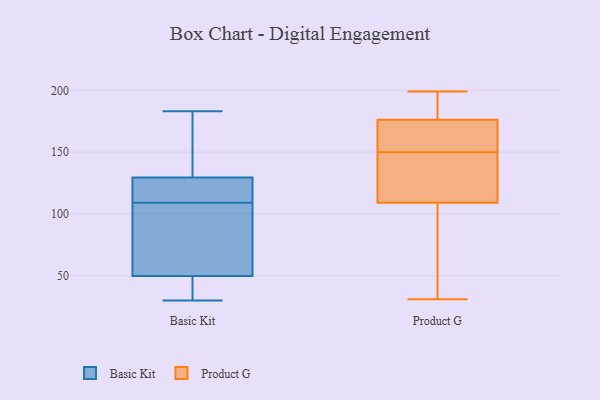
{"axis": {"x": "Inventory Turnover", "y": "Value"}, "legend": ["Basic Kit", "Product G"], "data": [{"x": "", "y": 43, "type": "Basic Kit"}, {"x": "", "y": 137, "type": "Basic Kit"}, {"x": "", "y": 125, "type": "Basic Kit"}, {"x": "", "y": 39, "type": "Basic Kit"}, {"x": "", "y": 121, "type": "Basic Kit"}, {"x": "", "y": 52, "type": "Basic Kit"}, {"x": "", "y": 30, "type": "Basic Kit"}, {"x": "", "y": 183, "type": "Basic Kit"}, {"x": "", "y": 64, "type": "Basic Kit"}, {"x": "", "y": 142, "type": "Basic Kit"}, {"x": "", "y": 100, "type": "Basic Kit"}, {"x": "", "y": 127, "type": "Basic Kit"}, {"x": "", "y": 109, "type": "Basic Kit"}, {"x": "", "y": 191, "type": "Product G"}, {"x": "", "y": 85, "type": "Product G"}, {"x": "", "y": 188, "type": "Product G"}, {"x": "", "y": 156, "type": "Product G"}, {"x": "", "y": 75, "type": "Product G"}, {"x": "", "y": 143, "type": "Product G"}, {"x": "", "y": 72, "type": "Product G"}, {"x": "", "y": 117, "type": "Product G"}, {"x": "", "y": 123, "type": "Product G"}, {"x": "", "y": 166, "type": "Product G"}, {"x": "", "y": 123, "type": "Product G"}, {"x": "", "y": 175, "type": "Product G"}, {"x": "", "y": 31, "type": "Product G"}, {"x": "", "y": 150, "type": "Product G"}, {"x": "", "y": 167, "type": "Product G"}, {"x": "", "y": 180, "type": "Product G"}, {"x": "", "y": 199, "type": "Product G"}]}